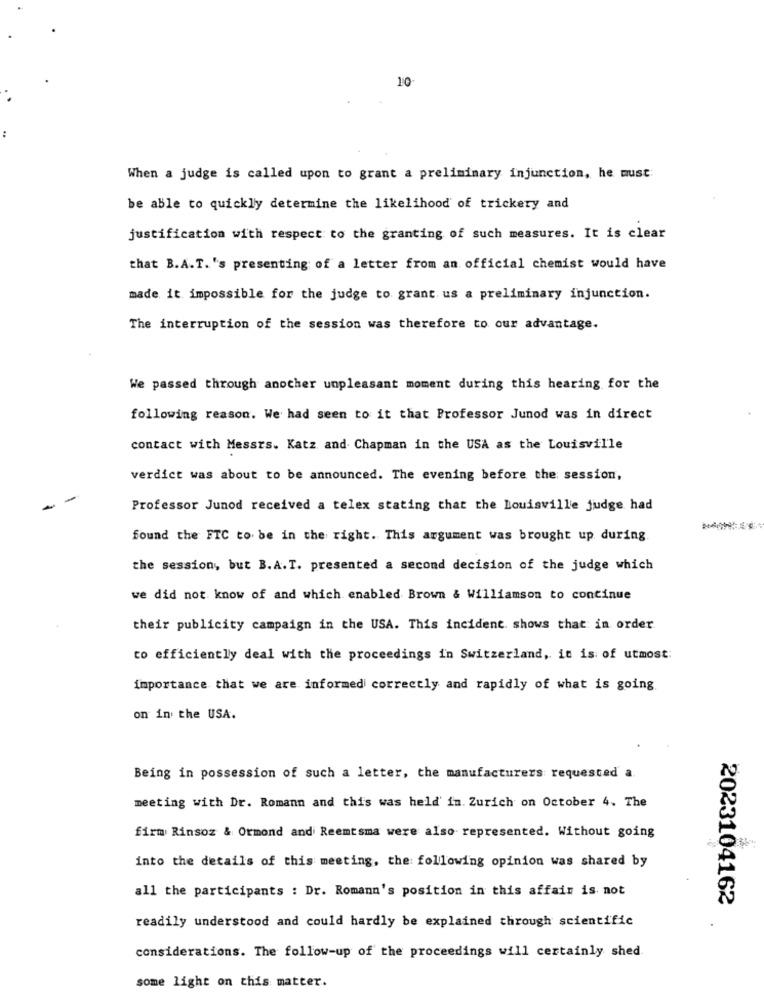
10
When a judge is called upon to grant a preliminary injunction, he must
be able to quickly determine the likelihood of trickery and
justification with respect to the granting of such measures. It is clear
that B.A.T.'s presenting of a letter from an official chemist would have
made it impossible for the judge to grant us a preliminary injunction.
The interruption of the session was therefore to our advantage.
We passed through another unpleasant moment during this hearing for the
following reason. We had seen to it that Professor Junod was in direct
contact with Messrs. Katz, and Chapman in the USA as the Louisville
verdict was about to be announced. The evening before the session,
Professor Junod received a telex stating that the louisville judge had
found the FTC to be in the right. This argument was brought up during
the session, but B.A.T. presented a second decision of the judge which
we did not know of and which enabled Brown & Williamson to continue
their publicity campaign in the USA. This incident. shows that in order
to efficiently deal with the proceedings in Switzerland, it is of utmost:
importance that we are informed correctly and rapidly of what is going
on in the USA.
Being in possession of such a letter, the manufacturers requested a.
meeting with Dr. Romann and this was held in. Zurich on October 4. The
firm Rinsoz & Ormond and Reemtsma were also represented. Without going
into the details of this meeting, the following opinion was shared by
all the participants : Dr. Romann's position in this affair is not
2023104162
readily understood and could hardly be explained through scientific
considerations. The follow-up of the proceedings will certainly shed.
some light on this matter.